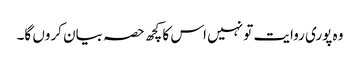
وہ پوری روایت تو نہیں اس کا کچھ حصہ بیان کروں گا۔